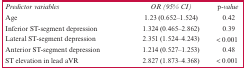
| Predictor variables | OR (95% CI) | p-value |
 | --- | --- | --- |
 | Age | 1.23 (0.652–1.524) | 0.42 |
 | Inferior ST-segment depression | 1.324 (0.465–2.862) | 0.39 |
 | Lateral ST-segment depression | 2.351 (1.524–4.243) | < 0.001 |
 | Anterior ST-segment depression | 1.214 (0.527–1.253) | 0.48 |
 | ST elevation in lead aVR | 2.827 (1.873–4.368) | < 0.001 |